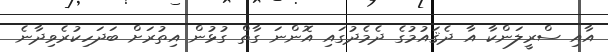
އާއި ސްރީލަންކާ އާ ދެޤައުމުގެ ދެމެދުގައި އޮންނަ ގާތް ގުޅުން އިތުރަށް ބަދަހިކުރެވިދާނެ